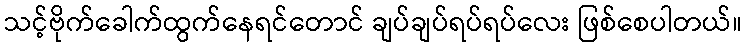
သင့်ဗိုက်ခေါက်ထွက်နေရင်တောင် ချပ်ချပ်ရပ်ရပ်လေး ဖြစ်စေပါတယ်။